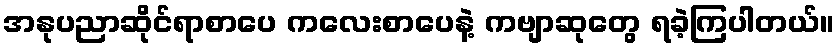
အနုပညာဆိုင်ရာစာပေ ကလေးစာပေနဲ့ ကဗျာဆုတွေ ရခဲ့ကြပါတယ်။